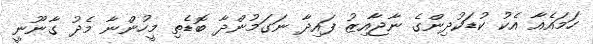
ހަމައެއާ އެކު ކުޑަކުދިންގެ ނާޖާއިޒު ފައިދާ ނަގަމުންދާ ބޮޑެތި މީހުންނާ މެދު ގާނޫނީ